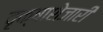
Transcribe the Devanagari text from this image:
वृक्षाशेजारी